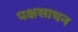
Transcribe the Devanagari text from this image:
पक्षसाधन